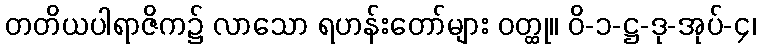
တတိယပါရာဇိက၌ လာသော ရဟန်းတော်များ ဝတ္ထု။ ဝိ-၁-ဋ္ဌ-ဒု-အုပ်-၄၊